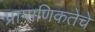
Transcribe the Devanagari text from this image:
प्रामाणिकतेचे